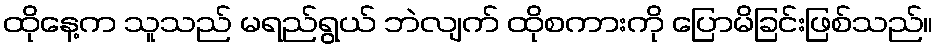
ထိုနေ့က သူသည် မရည်ရွယ် ဘဲလျက် ထိုစကားကို ပြောမိခြင်းဖြစ်သည်။